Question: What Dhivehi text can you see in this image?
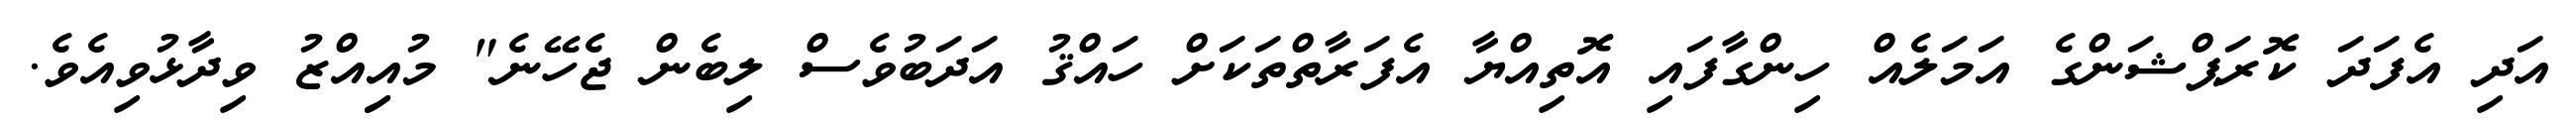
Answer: އަދި އެފަދަ ކޮރަޕްޝަންގެ އަމަލެއް ހިންގާފައި އޮތިއްޔާ އެފަރާތްތަކަށް ހައްޤު އަދަބުވެސް ލިބެން ޖެހޭނެ" މުއިިއްޒު ވިދާޅުވިއެވެ.